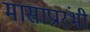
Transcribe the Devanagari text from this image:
मासाप्रारंभी